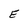
Character: E